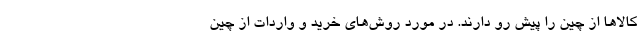
کالاها از چین را پیش رو دارند. در مورد روش‌های خرید و واردات از چین